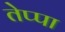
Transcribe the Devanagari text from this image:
तेप्पा